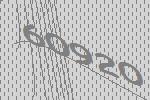
60920